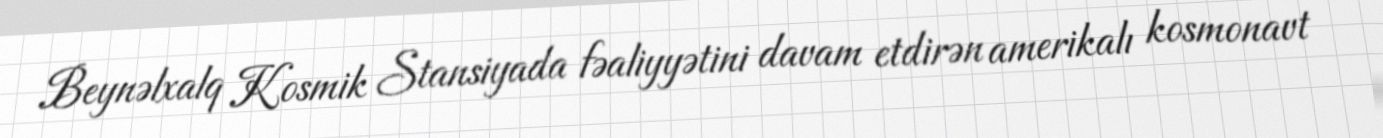
Beynəlxalq Kosmik Stansiyada fəaliyyətini davam etdirən amerikalı kosmonavt